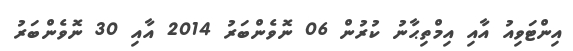
އިންޓަވިއު އާއި އިމްތިޙާނު ކުރުން 06 ނޮވެންބަރު 2014 އާއި 30 ނޮވެންބަރު